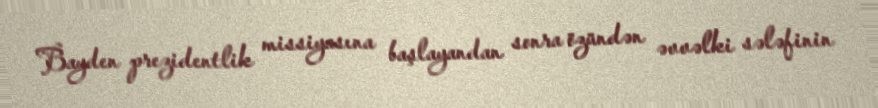
Bayden prezidentlik missiyasına başlayandan sonra özündən əvvəlki sələfinin